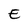
Character: E